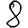
Digit: 8